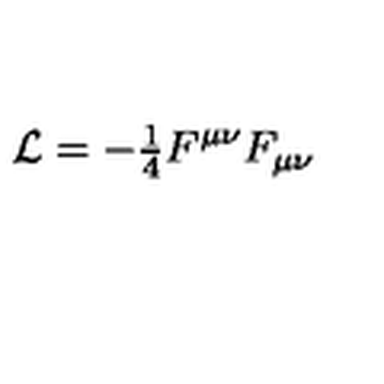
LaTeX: { \cal L } = { \textstyle - \frac { 1 } { 4 } } F ^ { \mu \nu } F _ { \mu \nu }